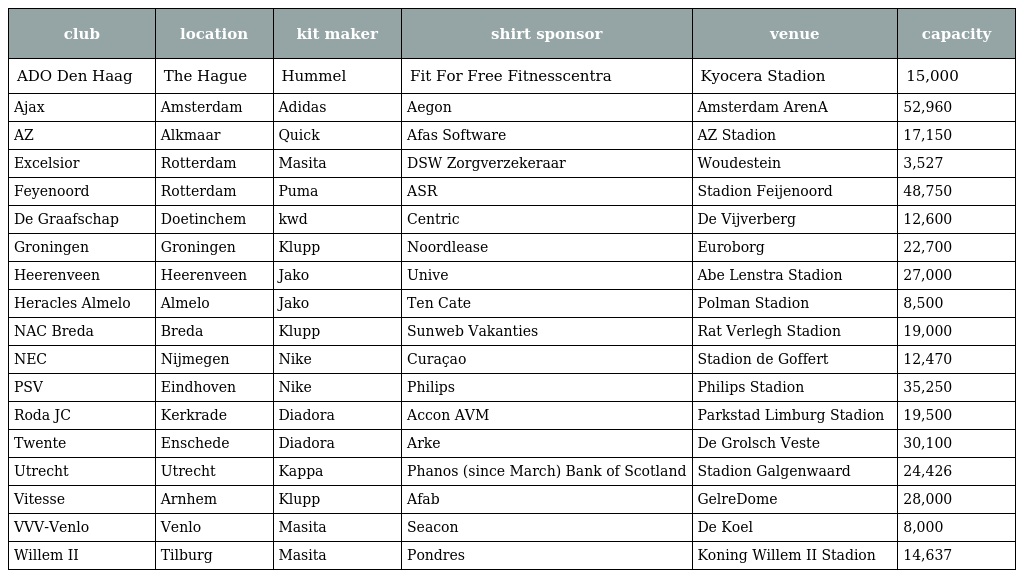
| club | location | kit maker | shirt sponsor | venue | capacity |
 | --- | --- | --- | --- | --- | --- |
 | ADO Den Haag | The Hague | Hummel | Fit For Free Fitnesscentra | Kyocera Stadion | 15,000 |
 | Ajax | Amsterdam | Adidas | Aegon | Amsterdam ArenA | 52,960 |
 | AZ | Alkmaar | Quick | Afas Software | AZ Stadion | 17,150 |
 | Excelsior | Rotterdam | Masita | DSW Zorgverzekeraar | Woudestein | 3,527 |
 | Feyenoord | Rotterdam | Puma | ASR | Stadion Feijenoord | 48,750 |
 | De Graafschap | Doetinchem | kwd | Centric | De Vijverberg | 12,600 |
 | Groningen | Groningen | Klupp | Noordlease | Euroborg | 22,700 |
 | Heerenveen | Heerenveen | Jako | Unive | Abe Lenstra Stadion | 27,000 |
 | Heracles Almelo | Almelo | Jako | Ten Cate | Polman Stadion | 8,500 |
 | NAC Breda | Breda | Klupp | Sunweb Vakanties | Rat Verlegh Stadion | 19,000 |
 | NEC | Nijmegen | Nike | Curaçao | Stadion de Goffert | 12,470 |
 | PSV | Eindhoven | Nike | Philips | Philips Stadion | 35,250 |
 | Roda JC | Kerkrade | Diadora | Accon AVM | Parkstad Limburg Stadion | 19,500 |
 | Twente | Enschede | Diadora | Arke | De Grolsch Veste | 30,100 |
 | Utrecht | Utrecht | Kappa | Phanos (since March) Bank of Scotland | Stadion Galgenwaard | 24,426 |
 | Vitesse | Arnhem | Klupp | Afab | GelreDome | 28,000 |
 | VVV-Venlo | Venlo | Masita | Seacon | De Koel | 8,000 |
 | Willem II | Tilburg | Masita | Pondres | Koning Willem II Stadion | 14,637 |